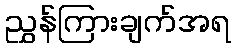
ညွှန်ကြားချက်အရ